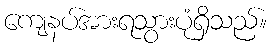
ကျေနပ်အားရသွားပုံရှိသည်။